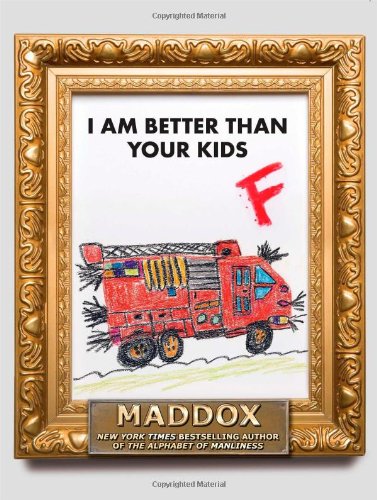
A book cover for I Am Better Than Your Kids; Maddox; Humor & Entertainment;